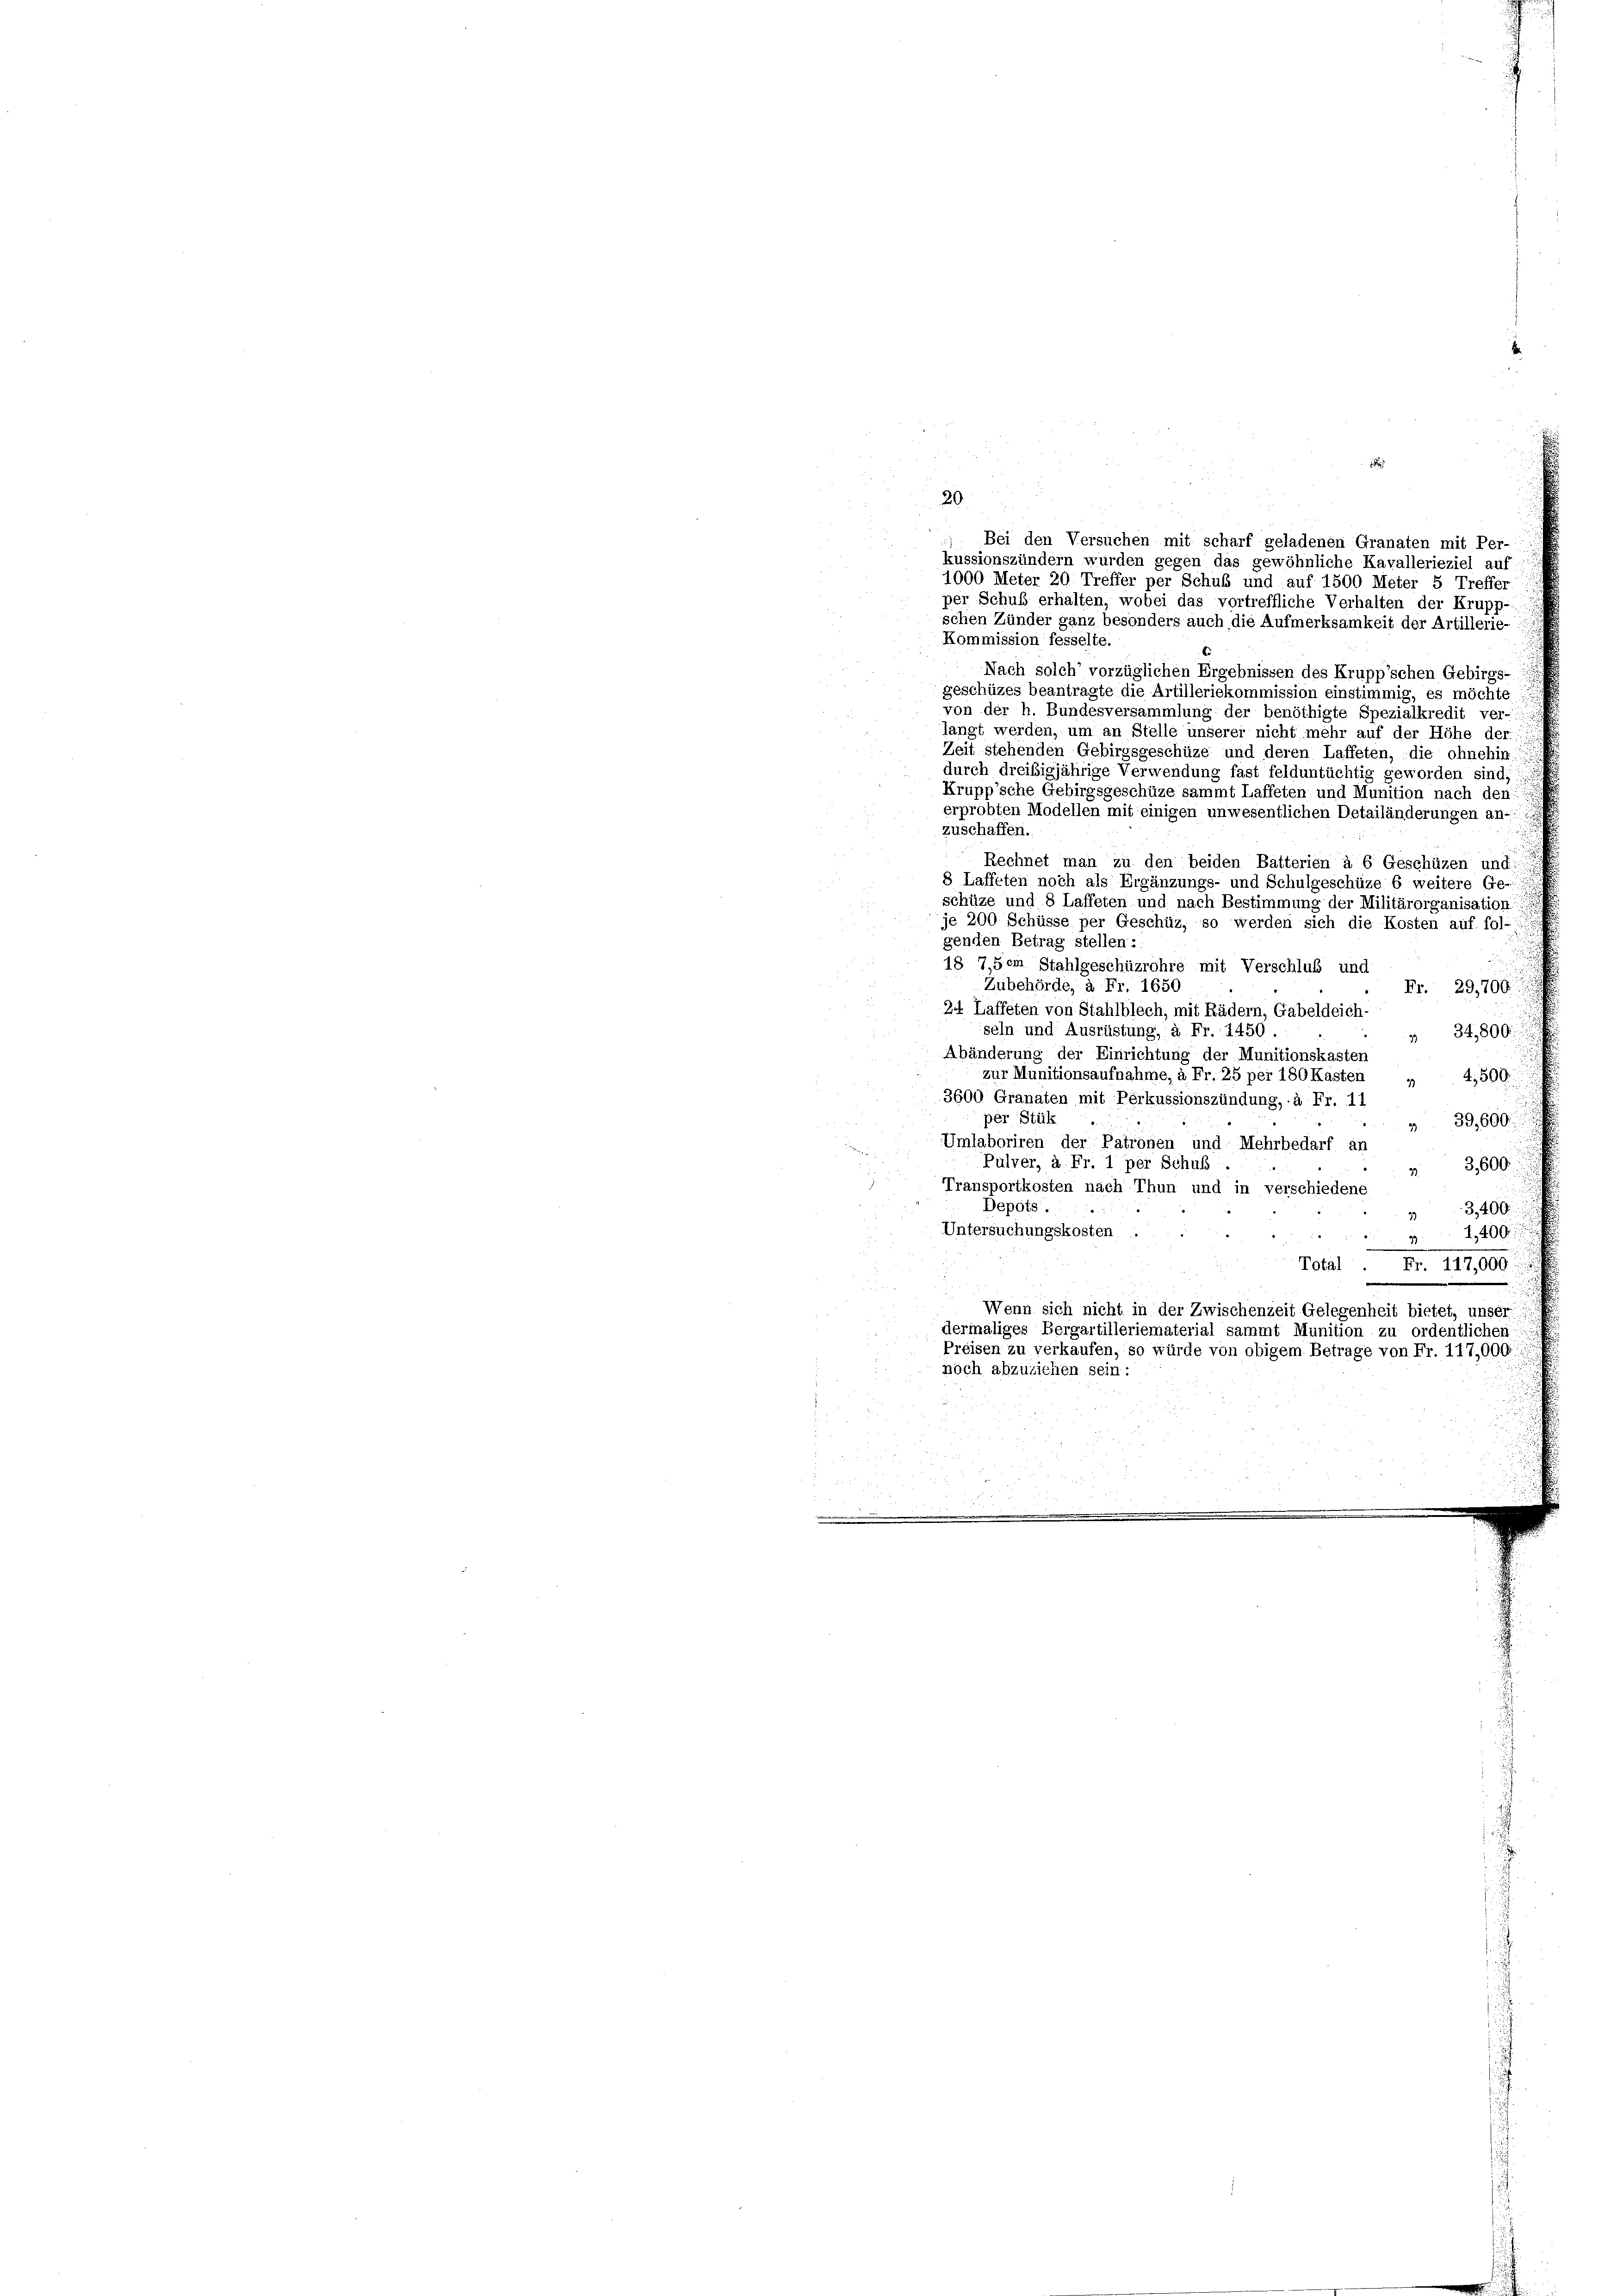
1
20
) Bei den Versuchen mit scharf geladenen Granaten mit Per-
kussionszündern wurden gegen das gewöhnliche Kavallerieziel auf
1000 Meter 20 Treffer per Schub und auf 1500 Meter 5 Treffer
per Schub erhalten, wobei das vortreffliche Verhalten der Krupp-
schen Zünder ganz besonders auch die Aufmerksamkeit der Artillerie-
Kommission fesselte.
Nach solch’ vorzüglichen Ergebnissen des Krupp’schen Gebirgs-
geschüzes beantragte die Artilleriekommission einstimmig, es möchte:
von der h. Bundesversammlung der benöthigte Spezialkredit ver-
langt werden, um an Stelle unserer nicht mehr auf der Höhe der
Zeit stehenden Gebirgsgeschüze und deren Laffeten, die ohnehin.
durch dreisigjährige Verwendung fast felduntüchtig geworden sind;
Krupp’sche Gebirgsgeschütze sammt Laffeten und Munition nach den
erprobten Modellen mit einigen unwesentlichen Detailänderungen an-
zuschaffen.
Rechnet man zu den beiden Batterien à 6 Geschüzen und:
8 Laffeten noch als Ergänzungs- und Schulgeschüze 6 weitere Ge-
schüze und 8 Laffeten und nach Bestimmung der Militärorganisation:
je 200 Schüsse per Geschüz, so werden sich die Kosten auf fol-
genden Betrag stellen:
18 7,5em Stahlgeschüzrohre mit Verschluß und
Zubehörde, à Fr. 1650
Fr. 29,700.
24 Laffeten von Stahlblech, mit Rädern, Gabeldeich-
seln und Ausrüstung, à Fr. 1450.
34,800
Abänderung der Einrichtung der Munitionskasten
zur Munitionsaufnahme, à Fr. 25 per 180 Kasten „ 4,500.
3600 Granaten mit Perkussionszündung, à Fr. 11
per Stük
» 39,600.
Umlaboriren der Patronen und Mehrbedarf ar
Pulver, à Fr. 1 per Schub.
 3600
Transportkosten nach Thun und in verschiedene
Depots.
3,400
33
Untersuchungskosten
32,400
Total . Fr. 117,000.
.
x
Wenn sich nicht in der Zwischenzeit Gelegenheit bietet, unser
dermaliges Bergartilleriematerial sammt Munition zu ordentlichen
Preisen zu verkaufen, so würde von obigem Betrage von Fr. 117,000.
noch abzuziehen sein: